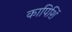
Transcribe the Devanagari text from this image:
कापिशिं